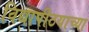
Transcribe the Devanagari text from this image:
विद्यापीठयाच्या